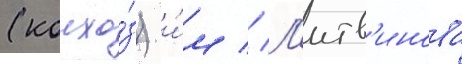
(колхо́з) и́м // Л'итв'инова